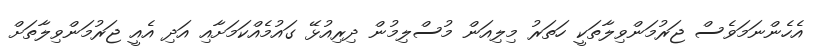
އެހެންނަމަވެސް ޖަރުމަންވިލާތަކީ ހަތަރު މިލިއަން މުސްލިމުން ދިރިއުޅޭ ގައުމެއްކަމަށާއި އަދި އެއީ ޖަރުމަންވިލާތަށް